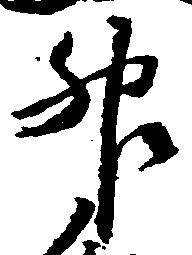
升